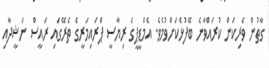
ގާތުން ވެރިކަން ކުރައްވާނެ ބޭފުޅެކަށްވުމެވެ. އެމްޑީޕީގެ ރިޔާސީ ޕްރައިމަރީގެ ތެރޭގައި ރައީސް ނަޝީދާއި